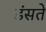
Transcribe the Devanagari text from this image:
डंसते